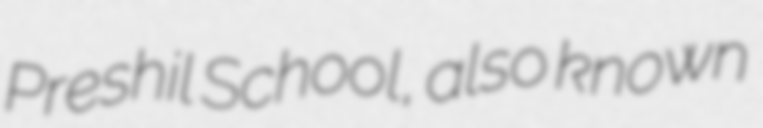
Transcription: Preshil School, also known